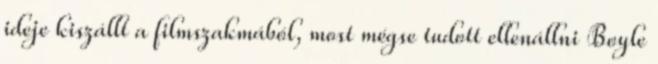
ideje kiszállt a filmszakmából, most mégse tudott ellenállni Boyle